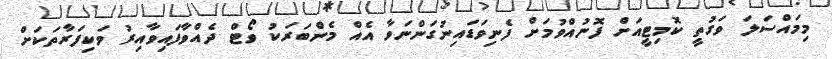
މިމައްސަލަ ވަގުތީ ކޮމިޓީއަށް ފޮނުއްވުމަށް ފެނިވަޑައިނުގަންނަވާ އެއް މެންބަރަކު ވޯޓް ދެއްވާފައިވާއިރު ވަކިފަރާތަކަށް